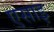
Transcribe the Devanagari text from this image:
एसाइ